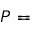
P =